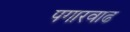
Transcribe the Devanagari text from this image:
पगारवाढ